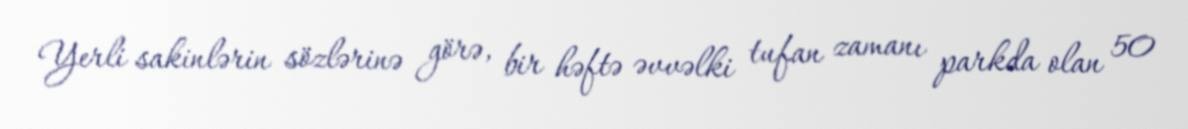
Yerli sakinlərin sözlərinə görə, bir həftə əvvəlki tufan zamanı parkda olan 50